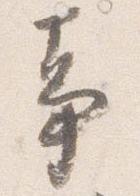
事